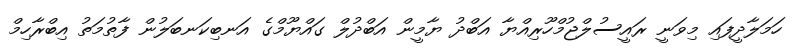
ހަމަލާދީފައި މިވަނީ ރައީސުލްޖުމްހޫރިއްޔާ އަބްދު ޔާމީން އަބްދުލް ގައްޔޫމްގެ އަނބިކަނބަލުން ފާތުމަތު އިބްރާހިމް